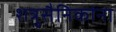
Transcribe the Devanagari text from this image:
शत्रुसैनिकांना